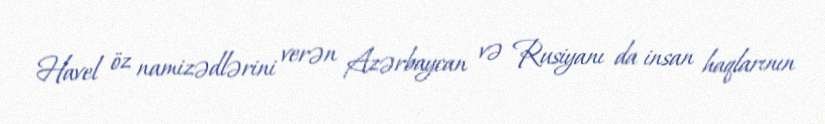
Havel öz namizədlərini verən Azərbaycan və Rusiyanı da insan haqlarının